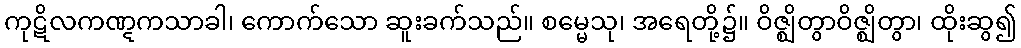
ကုဋိလကဏ္ဋကသာခါ၊ ကောက်သော ဆူးခက်သည်။ စမ္မေသု၊ အရေတို့၌။ ဝိဇ္ဈိတွာဝိဇ္ဈိတွာ၊ ထိုးဆွ၍